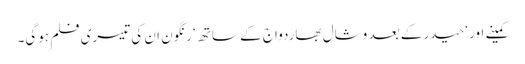
کمینے اور ‘حیدر کے بعد وشال بھاردواج کے ساتھ ‘رنگون ان کی تیسری فلم ہوگی۔